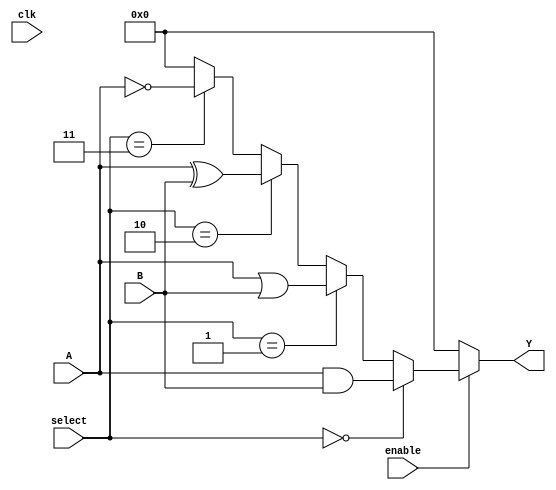
module CLB (
    input wire [3:0] A,         // Input signals (4-bit)
    input wire [3:0] B,         // Input signals (4-bit)
    input wire [1:0] select,    // Select signal for choosing logic function
    output wire [3:0] Y,        // Output signals (4-bit)
    input wire clk,             // Clock signal (if applicable)
    input wire enable           // Control signal to enable/disable logic
);

    // Internal wire for logic operations
    wire [3:0] and_out;
    wire [3:0] or_out;
    wire [3:0] xor_out;
    wire [3:0] not_out;

    // Logic functions
    assign and_out = A & B;     // AND operation
    assign or_out  = A | B;     // OR operation
    assign xor_out = A ^ B;     // XOR operation
    assign not_out = ~A;        // NOT operation

    // Output logic based on select signal
    assign Y = (enable) ? 
               (select == 2'b00 ? and_out :
                select == 2'b01 ? or_out :
                select == 2'b10 ? xor_out :
                select == 2'b11 ? not_out : 4'b0000) : 4'b0000;

endmodule